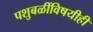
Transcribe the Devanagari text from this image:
पशुबळींविषयीही